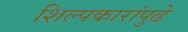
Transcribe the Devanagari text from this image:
शिल्पकारांपुढे